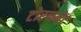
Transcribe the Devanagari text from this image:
टोरनमेंट